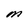
Character: M